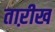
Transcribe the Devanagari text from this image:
ताऱीख